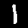
Digit: 1